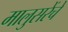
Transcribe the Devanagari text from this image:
मालुसरेंचे